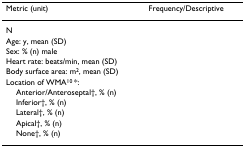
<table><thead><tr><td><b>Metric (unit)</b></td><td><b>Frequency/Descriptive</b></td></tr></thead><tbody><tr><td>N</td><td>[EMPTY_CELL]</td></tr><tr><td>Age: y, mean (SD)</td><td>[EMPTY_CELL]</td></tr><tr><td>Sex: % (n) male</td><td>[EMPTY_CELL]</td></tr><tr><td>Heart rate: beats/min, mean (SD)</td><td>[EMPTY_CELL]</td></tr><tr><td>Body surface area: m<sup>2</sup>, mean (SD)</td><td>[EMPTY_CELL]</td></tr><tr><td>Location of WMA<sup>10 </sup>*:</td><td>[EMPTY_CELL]</td></tr><tr><td> Anterior/Anteroseptal†, % (n)</td><td>[EMPTY_CELL]</td></tr><tr><td> Inferior†, % (n)</td><td>[EMPTY_CELL]</td></tr><tr><td> Lateral†, % (n)</td><td>[EMPTY_CELL]</td></tr><tr><td> Apical†, % (n)</td><td>[EMPTY_CELL]</td></tr><tr><td> None†, % (n)</td><td>[EMPTY_CELL]</td></tr></tbody></table>